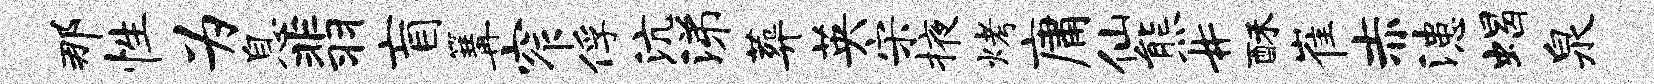
那性为息翡盲篝窄俘沆涕葬英宋掖烤庸仙熊#酥崔赤漶蝎泉